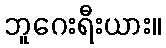
ဘူဂေးရီးယား။